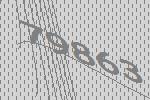
79863